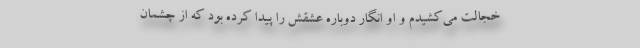
خجالت می‌کشیدم و او انگار دوباره عشقش را پیدا کرده بود که از چشمان